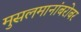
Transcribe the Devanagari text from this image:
मुसलमानांबरोबर